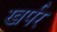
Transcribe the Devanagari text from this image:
खर्पर